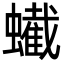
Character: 蠘